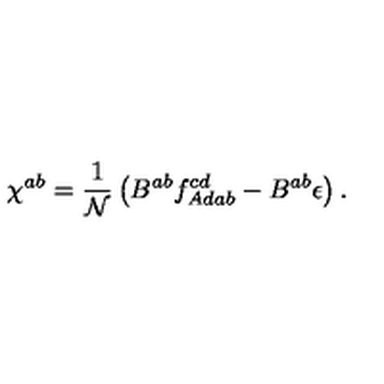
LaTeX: \chi ^ { a b } = \frac { 1 } { \mathcal { N } } \left( B ^ { a b } f _ { A d a b } ^ { c d } - B ^ { a b } \epsilon \right) .